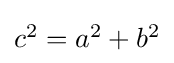
{\textstyle c^{2}=a^{2}+b^{2}}